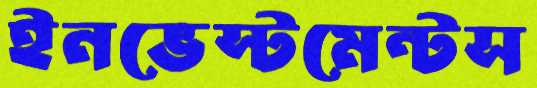
ইনভেস্টমেন্টস